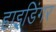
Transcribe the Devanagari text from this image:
हाइडिंगर